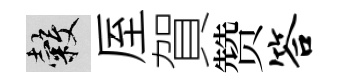
穀厔賀赞答